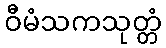
ဝီမံသကသုတ္တံ